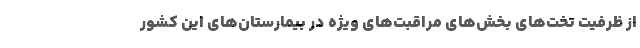
از ظرفیت تخت‌های بخش‌های مراقبت‌های ویژه در بیمارستان‌های این کشور